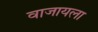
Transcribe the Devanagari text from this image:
वाजायला